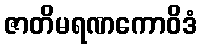
ဇာတိမရဏကောဝိဒံ